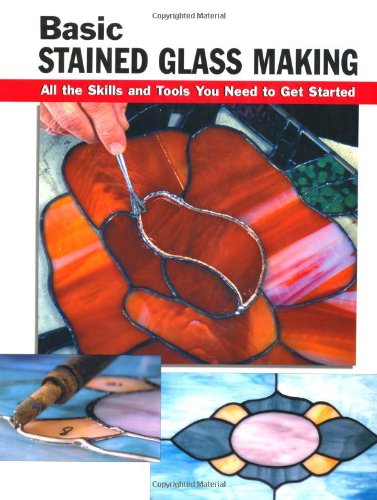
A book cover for Basic Stained Glass Making: All the Skills and Tools You Need to Get Started (How To Basics); Eric Ebeling; Crafts, Hobbies & Home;